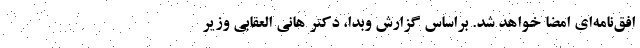
افق‌نامه‌ای امضا خواهد شد. براساس گزارش وبدا، دکتر هانی العقابی وزیر